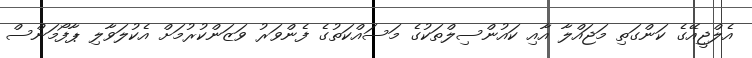
އެލްޖީއޭގެ ކަންގަތި މަޖައްލާ އާއި ކައުންސިލްތަކުގެ މަސައްކަތުގެ ފެންވަރު ވަޒަންކުރުމަށް އެކުލަވާލި ޕާފޯމަންސް